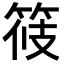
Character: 𥭸